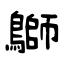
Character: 鶳